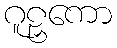
ဂူဠှကော